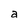
Character: a